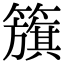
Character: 籏